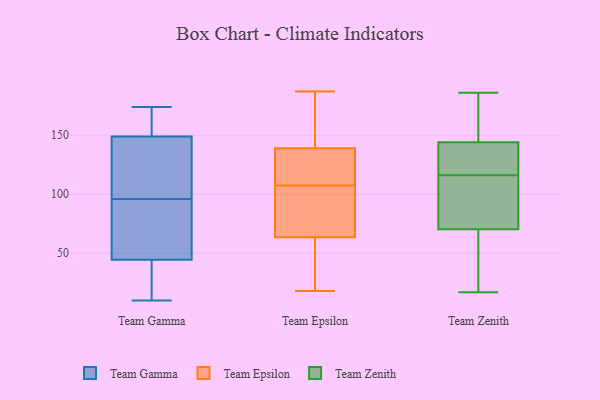
{"axis": {"x": "Operating Costs (USD K)", "y": "Value"}, "legend": ["Team Epsilon", "Team Gamma", "Team Zenith"], "data": [{"x": "", "y": 174, "type": "Team Gamma"}, {"x": "", "y": 150, "type": "Team Gamma"}, {"x": "", "y": 96, "type": "Team Gamma"}, {"x": "", "y": 86, "type": "Team Gamma"}, {"x": "", "y": 84, "type": "Team Gamma"}, {"x": "", "y": 90, "type": "Team Gamma"}, {"x": "", "y": 39, "type": "Team Gamma"}, {"x": "", "y": 167, "type": "Team Gamma"}, {"x": "", "y": 61, "type": "Team Gamma"}, {"x": "", "y": 10, "type": "Team Gamma"}, {"x": "", "y": 130, "type": "Team Gamma"}, {"x": "", "y": 146, "type": "Team Gamma"}, {"x": "", "y": 139, "type": "Team Gamma"}, {"x": "", "y": 156, "type": "Team Gamma"}, {"x": "", "y": 155, "type": "Team Gamma"}, {"x": "", "y": 31, "type": "Team Gamma"}, {"x": "", "y": 99, "type": "Team Gamma"}, {"x": "", "y": 21, "type": "Team Gamma"}, {"x": "", "y": 27, "type": "Team Gamma"}, {"x": "", "y": 78, "type": "Team Epsilon"}, {"x": "", "y": 52, "type": "Team Epsilon"}, {"x": "", "y": 29, "type": "Team Epsilon"}, {"x": "", "y": 105, "type": "Team Epsilon"}, {"x": "", "y": 37, "type": "Team Epsilon"}, {"x": "", "y": 156, "type": "Team Epsilon"}, {"x": "", "y": 62, "type": "Team Epsilon"}, {"x": "", "y": 111, "type": "Team Epsilon"}, {"x": "", "y": 122, "type": "Team Epsilon"}, {"x": "", "y": 110, "type": "Team Epsilon"}, {"x": "", "y": 18, "type": "Team Epsilon"}, {"x": "", "y": 120, "type": "Team Epsilon"}, {"x": "", "y": 69, "type": "Team Epsilon"}, {"x": "", "y": 187, "type": "Team Epsilon"}, {"x": "", "y": 169, "type": "Team Epsilon"}, {"x": "", "y": 178, "type": "Team Epsilon"}, {"x": "", "y": 180, "type": "Team Epsilon"}, {"x": "", "y": 116, "type": "Team Epsilon"}, {"x": "", "y": 65, "type": "Team Epsilon"}, {"x": "", "y": 76, "type": "Team Epsilon"}, {"x": "", "y": 152, "type": "Team Zenith"}, {"x": "", "y": 93, "type": "Team Zenith"}, {"x": "", "y": 68, "type": "Team Zenith"}, {"x": "", "y": 62, "type": "Team Zenith"}, {"x": "", "y": 148, "type": "Team Zenith"}, {"x": "", "y": 186, "type": "Team Zenith"}, {"x": "", "y": 132, "type": "Team Zenith"}, {"x": "", "y": 166, "type": "Team Zenith"}, {"x": "", "y": 126, "type": "Team Zenith"}, {"x": "", "y": 170, "type": "Team Zenith"}, {"x": "", "y": 19, "type": "Team Zenith"}, {"x": "", "y": 87, "type": "Team Zenith"}, {"x": "", "y": 36, "type": "Team Zenith"}, {"x": "", "y": 125, "type": "Team Zenith"}, {"x": "", "y": 100, "type": "Team Zenith"}, {"x": "", "y": 119, "type": "Team Zenith"}, {"x": "", "y": 116, "type": "Team Zenith"}, {"x": "", "y": 77, "type": "Team Zenith"}, {"x": "", "y": 17, "type": "Team Zenith"}]}